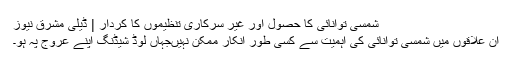
شمسی توانائی کا حصول اور غیر سرکاری تنظیموں کا کردار | ڈیلی مشرق نیوز
ان علاقوں میں شمسی توانائی کی اہمیت سے کسی طور انکار ممکن نہیںجہاں لوڈ شیڈنگ اپنے عروج پہ ہو۔